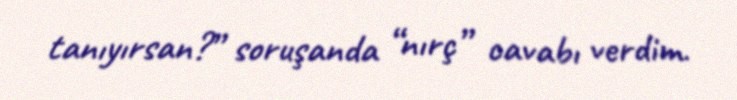
tanıyırsan?” soruşanda “nırç” cavabı verdim.